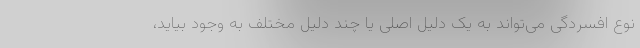
نوع افسردگی می‌تواند به یک دلیل اصلی یا چند دلیل مختلف به وجود بیاید،